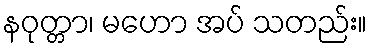
နဝုတ္တာ၊ မဟော အပ် သတည်း။